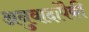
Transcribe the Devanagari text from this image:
अनुवादांपैकी